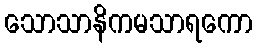
သောသာနိကမသာရကော